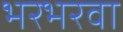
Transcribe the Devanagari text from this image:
भरभरवा